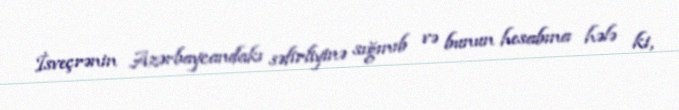
İsveçrənin Azərbaycandakı səfirliyinə sığınıb və bunun hesabına hələ ki,